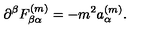
\partial ^ { \beta } F _ { \beta \alpha } ^ { ( m ) } = - m ^ { 2 } a _ { \alpha } ^ { ( m ) } .